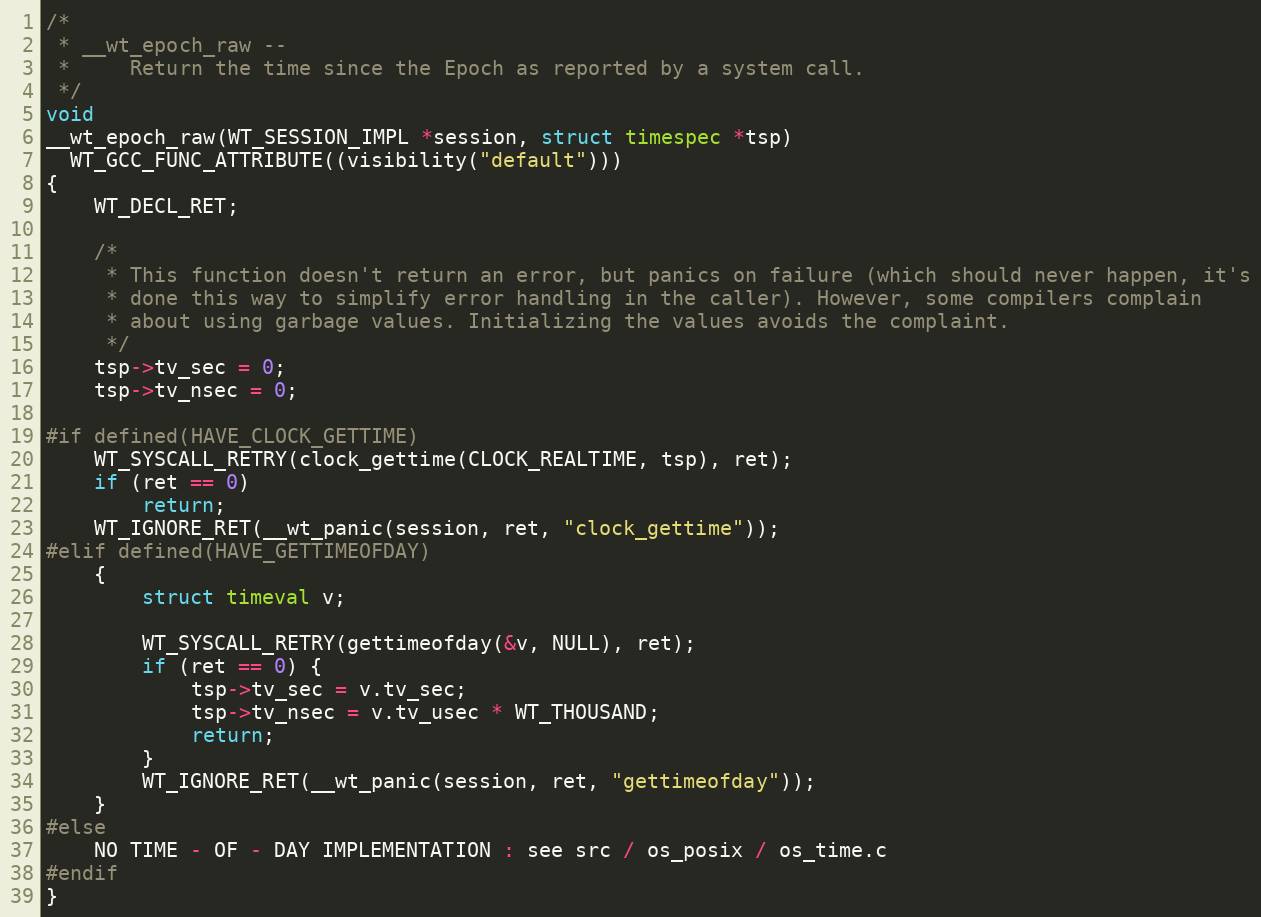
Language: C
/*
 * __wt_epoch_raw --
 *     Return the time since the Epoch as reported by a system call.
 */
void
__wt_epoch_raw(WT_SESSION_IMPL *session, struct timespec *tsp)
  WT_GCC_FUNC_ATTRIBUTE((visibility("default")))
{
    WT_DECL_RET;

    /*
     * This function doesn't return an error, but panics on failure (which should never happen, it's
     * done this way to simplify error handling in the caller). However, some compilers complain
     * about using garbage values. Initializing the values avoids the complaint.
     */
    tsp->tv_sec = 0;
    tsp->tv_nsec = 0;

#if defined(HAVE_CLOCK_GETTIME)
    WT_SYSCALL_RETRY(clock_gettime(CLOCK_REALTIME, tsp), ret);
    if (ret == 0)
        return;
    WT_IGNORE_RET(__wt_panic(session, ret, "clock_gettime"));
#elif defined(HAVE_GETTIMEOFDAY)
    {
        struct timeval v;

        WT_SYSCALL_RETRY(gettimeofday(&v, NULL), ret);
        if (ret == 0) {
            tsp->tv_sec = v.tv_sec;
            tsp->tv_nsec = v.tv_usec * WT_THOUSAND;
            return;
        }
        WT_IGNORE_RET(__wt_panic(session, ret, "gettimeofday"));
    }
#else
    NO TIME - OF - DAY IMPLEMENTATION : see src / os_posix / os_time.c
#endif
}